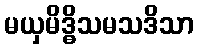
မယှမိဒ္ဓိသမသဒိသာ